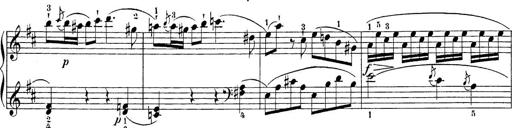
Title: Sonatina Album
Composer: Louis KÃ¶hler